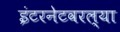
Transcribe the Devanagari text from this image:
इंटरनेटवरल्या